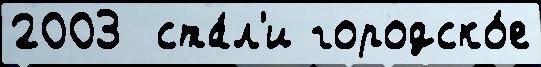
2003  ста́л'и городско́е